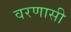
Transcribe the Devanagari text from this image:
वरणासी